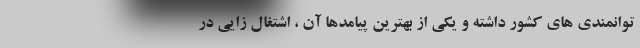
توانمندی های کشور داشته و یکی از بهترین پیامدها آن ، اشتغال زایی در